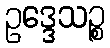
ဥဒ္ဒေသဉ္စ